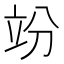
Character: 竕